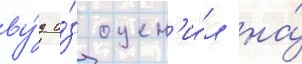
ву́д и́з оцен'и́л на́